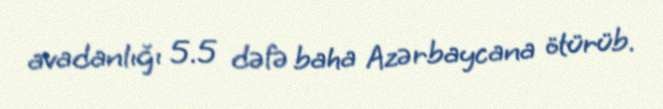
avadanlığı 5.5 dəfə baha Azərbaycana ötürüb.